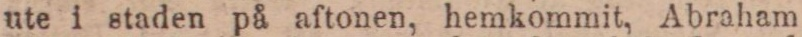
ute i staden på aftonen, hemkommit, Abraham